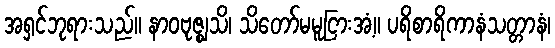
အရှင်ဘုရားသည်။ နာဝဗုဇ္ဈသိ၊ သိတော်မမူငြားအံ့။ ပရိစာရိကာနံသတ္တာနံ၊